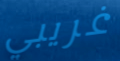
غريبي